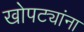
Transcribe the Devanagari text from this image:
खोपट्यांना